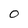
Character: 0